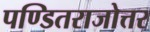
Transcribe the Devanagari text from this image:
पण्डितराजोत्तर